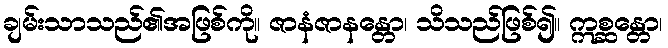
ချမ်းသာသည်၏အဖြစ်ကို။ ဇာနံဇာနန္တော၊ သိသည်ဖြစ်၍။ ဣစ္ဆန္တော၊